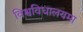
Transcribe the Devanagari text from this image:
विश्वविधालयमा